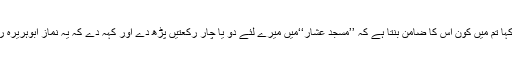
ہم نے کہا ، ہاں (یہ سن کر)اس شخص نے کہا تم میں کون اس کا ضامن بنتا ہے کہ ’’مسجد عشّار‘‘میں میرے لئے دو یا چار رکعتیں پڑھ دے اور کہہ دے کہ یہ نماز ابوہریرہ رضی اللہ عنہ کے (ایصال ثواب)کیلئے ہے ۔